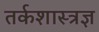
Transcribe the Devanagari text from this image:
तर्कशास्त्रज्ञ